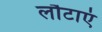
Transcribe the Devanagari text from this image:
लौटाएं